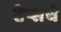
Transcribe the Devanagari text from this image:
टेप्सचे